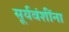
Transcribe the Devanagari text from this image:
सूर्यवंशींना